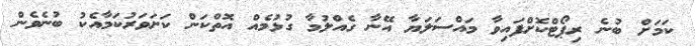
ކަމަށް ބުނެ ރިޕޯޓްކޮށްފައިވާ މައްސަލަޔާ އޭނާ ގެއްލުމާ ގުޅުމެއް އޮތްކަން ކަށަވަރުކަމާއެކު ބުނެވެން